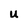
Character: U